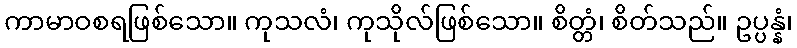
ကာမာဝစရဖြစ်သော။ ကုသလံ၊ ကုသိုလ်ဖြစ်သော။ စိတ္တံ၊ စိတ်သည်။ ဥပ္ပန္နံ၊